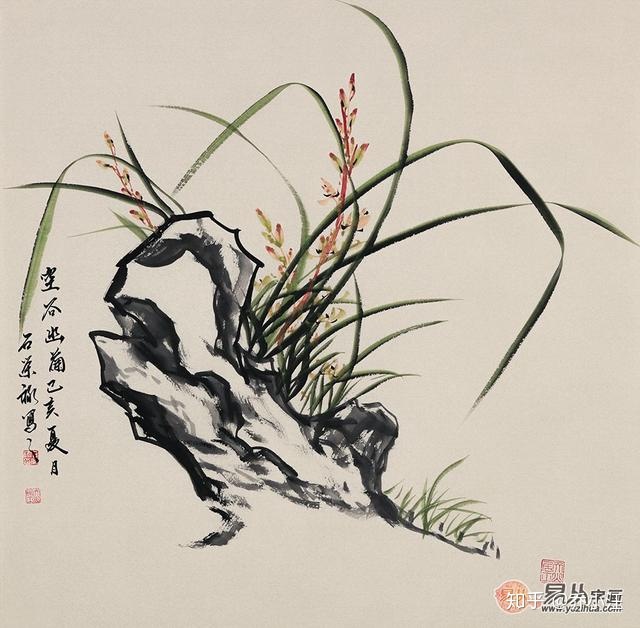
记得年时，相见画屏中。